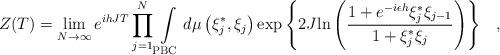
LaTeX: \begin{align*}Z(T) =\lim_{N \rightarrow \infty} e^{ihJT} \prod\limits_{j=1}^N\int\limits_{\rm PBC} { {d\mu \left( {\xi _j^*,\xi _j} \right)}\exp\left\{ {2J {\ln\left( {{{1+e^{-i\epsilon h}\xi _j^*\xi _{j-1}} \over {1+\xi _j^*\xi_j}}}\right)}} \right\}}\quad,\end{align*}